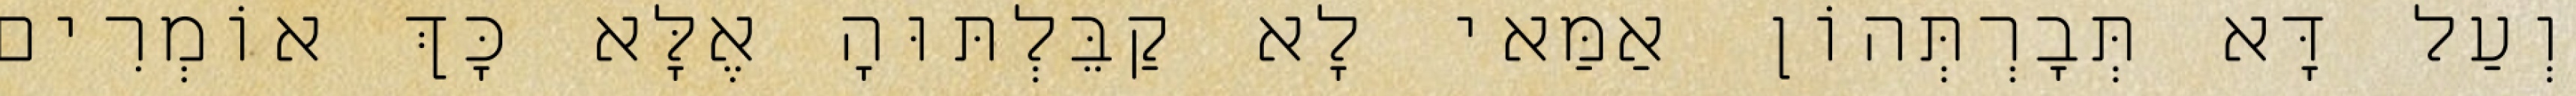
וְעַל דָּא תְּבָרְתְּהוֹן אַמַּאי לָא קַבֵּלְתּוּהָ אֶלָּא כָּךְ אוֹמְרִים